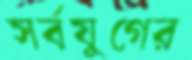
সর্বযুগের